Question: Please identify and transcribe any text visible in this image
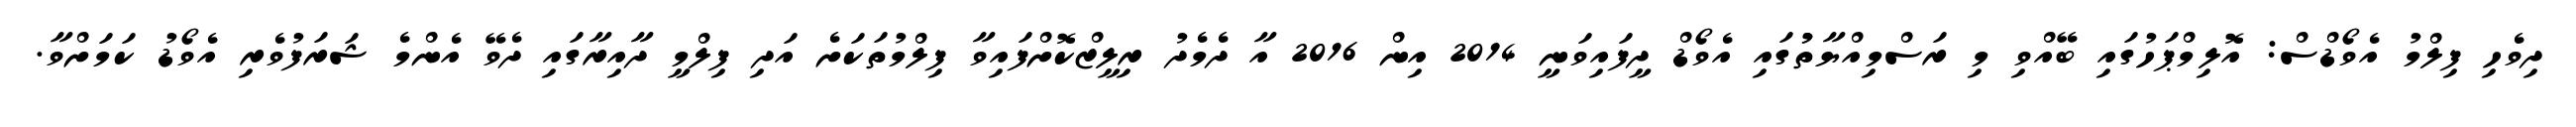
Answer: ދިވެހި ފިލްމު އެވޯޑްސް: އޮލިމްޕަހުގައި ބޭއްވި މި ރަސްމިއްޔާތުުގައި އެވޯޑް ދީފައިވަނީ 2014 އިން 2016 އާ ދެމެދު ރިލީޒްކޮށްފައިވާ ފިލްމުތަކަށެ އަދި ފިލްމީ ދާއިރާގައި ދެވޭ އެންމެ ޝަރަފުވެރި އެވޯޑު ކަމަށްވާ.